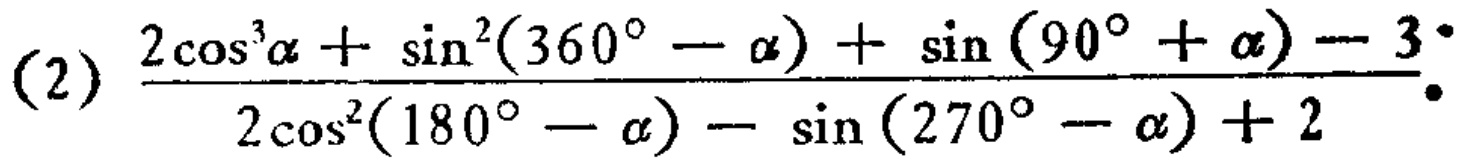
\(\frac{2\cos^{3}\alpha+\sin^{2}(360^{\circ}-\alpha)+\sin(90^{\circ}+\alpha)-3}{2\cos^{2}(180^{\circ}-\alpha)-\sin(270^{\circ}-\alpha)+2}\)